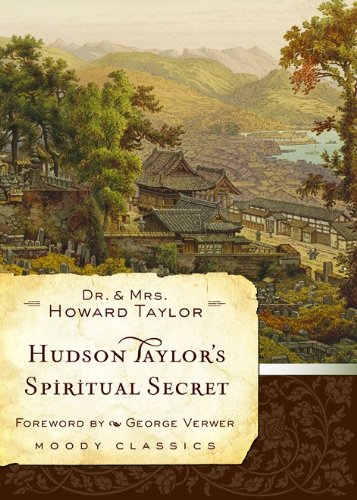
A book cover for Hudson Taylor's Spiritual Secret (Moody Classics); Dr. and Mrs. Howard Taylor; Christian Books & Bibles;